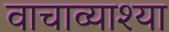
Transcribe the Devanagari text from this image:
वाचाव्याश्या